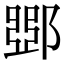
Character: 𨜹